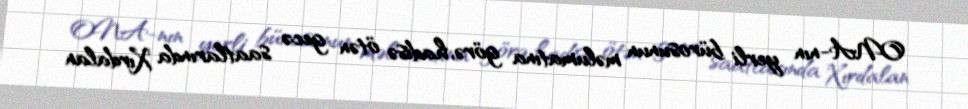
ONA-nın yerli bürosunun məlumatına görə, hadisə ötən gecə saatlarında Xırdalan